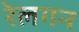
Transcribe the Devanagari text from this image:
रेलगन